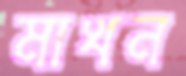
মাখন